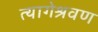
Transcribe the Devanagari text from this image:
त्यागेश्रवण